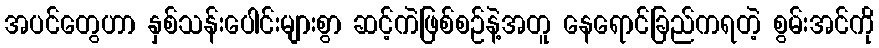
အပင်တွေဟာ နှစ်သန်းပေါင်းများစွာ ဆင့်ကဲဖြစ်စဉ်နဲ့အတူ နေရောင်ခြည်ကရတဲ့ စွမ်းအင်ကို